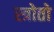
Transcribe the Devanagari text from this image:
स्त्रोतो